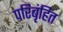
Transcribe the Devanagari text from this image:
परिबृंहित